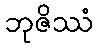
ဘုဇိဿံ